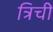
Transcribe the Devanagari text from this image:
त्रिची